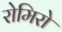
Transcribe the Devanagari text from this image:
रोमिरो